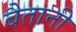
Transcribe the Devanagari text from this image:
बैतानी